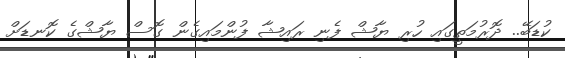
ކުޑަބޭ.. ދޮރުމަތީގައި ހުރި ޔާޝް ފެނި ރައިޝާ ފުންމައިގެން ގޮސް ޔާޝްގެ ކޮނޑަށް